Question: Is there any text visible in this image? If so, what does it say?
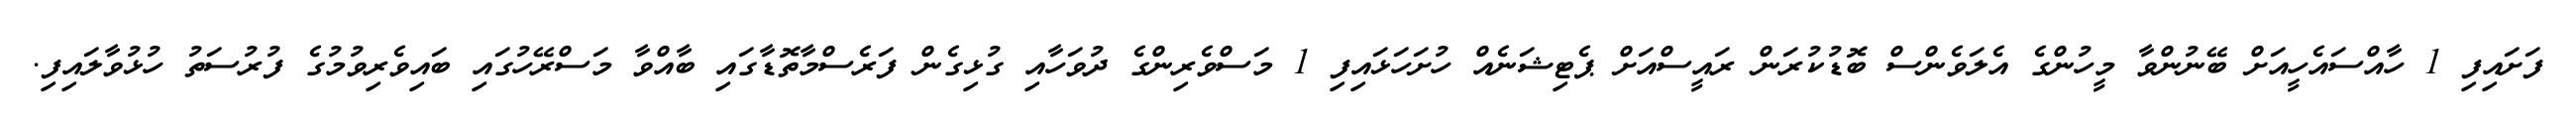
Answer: ފަށައިފި 1 ހާއްސައެހީއަށް ބޭނުންވާ މީހުންގެ އެލަވެންސް ބޮޑުކުރަން ރައީސްއަށް ޕެޓިޝަނެއް ހުށަހަޅައިފި 1 މަސްވެރިންގެ ދުވަހާއި ގުޅިގެން ފަރެސްމާތޮޑާގައި ބާއްވާ މަސްރޭހުގައި ބައިވެރިވުމުގެ ފުރުސަތު ހުޅުވާލައިފި.